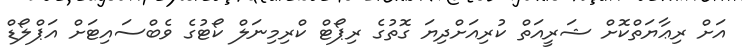
އަށް ރިޢާޔަތްކޮށް ޝަރީއަތް ކުރިއަށްދިޔަ ގޮތުގެ ރިޕޯޓް ކްރިމިނަލް ކޯޓުގެ ވެބްސައިޓަށް އަޕްލޯޑް